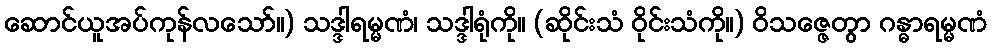
ဆောင်ယူအပ်ကုန်လသော်။) သဒ္ဒါရမ္မဏံ၊ သဒ္ဒါရုံကို။ (ဆိုင်းသံ ဝိုင်းသံကို။) ဝိသဇ္ဇေတွာ ဂန္ဓာရမ္မဏံ